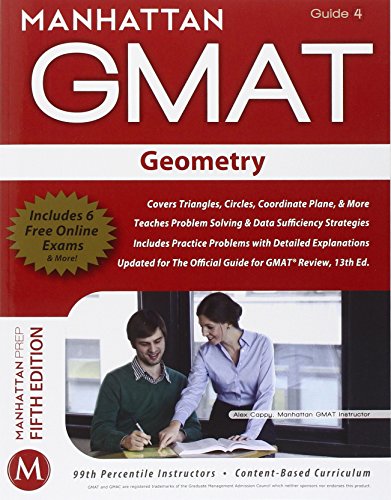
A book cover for Geometry GMAT Strategy Guide (Manhattan GMAT Instructional Guide 4); Manhattan GMAT; Test Preparation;